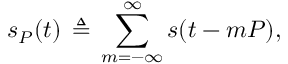
s _ { P } ( t ) \, \triangleq \, \sum _ { m = - \infty } ^ { \infty } s ( t - m P ) ,